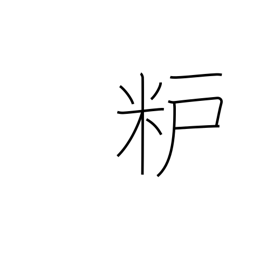
Meaning: rice-bran